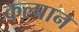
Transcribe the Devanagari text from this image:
कल्पान